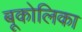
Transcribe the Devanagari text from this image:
बूकोलिका